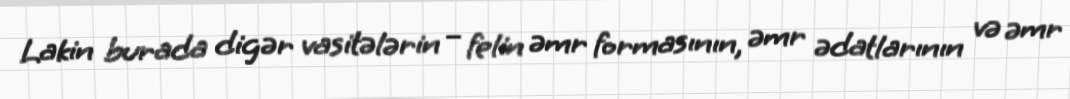
Lakin burada digər vasitələrin – felin əmr formasının, əmr ədatlarının və əmr